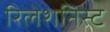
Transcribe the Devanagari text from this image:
रिलेशनिस्ट